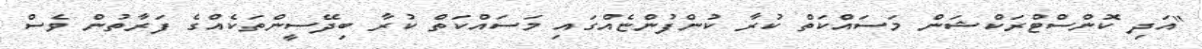
"އަދި ކޮންސްޓްރަކްޝަން މަސައްކަތް ކުރާ ކުންފުންޏެއްގައި މަސައްކަތް ކުރާ ބިދޭސީންތަކެއްގެ ފަރާތުން ވެސް